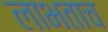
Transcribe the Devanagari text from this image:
लाभताच